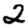
Digit: 2